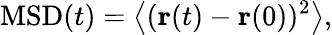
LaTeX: \mathrm{MSD}(t)=\left\langle({\mathbf r}(t)-{\mathbf r}(0))^{2}\right\rangle,